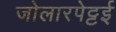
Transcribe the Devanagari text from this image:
जोलारपेट्टई